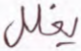
يغلل